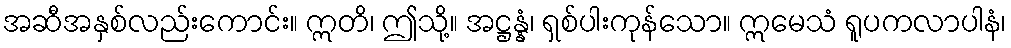
အဆီအနှစ်လည်းကောင်း။ ဣတိ၊ ဤသို့။ အဋ္ဌန္နံ၊ ရှစ်ပါးကုန်သော။ ဣမေသံ ရူပကလာပါနံ၊